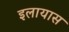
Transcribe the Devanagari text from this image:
इलायास